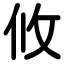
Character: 攸